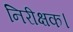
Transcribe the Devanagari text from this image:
निरीक्षक।